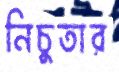
নিচুতার